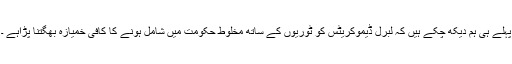
پہلے ہی ہم دیکھ چکے ہیں کہ لبرل ڈیموکریٹس کو ٹوریوں کے ساتھ مخلوط حکومت میں شامل ہونے کا کافی خمیازہ بھگتنا پڑاہے ۔